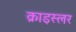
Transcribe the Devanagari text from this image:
क्राइस्लर